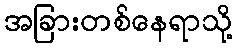
အခြားတစ်နေရာသို့